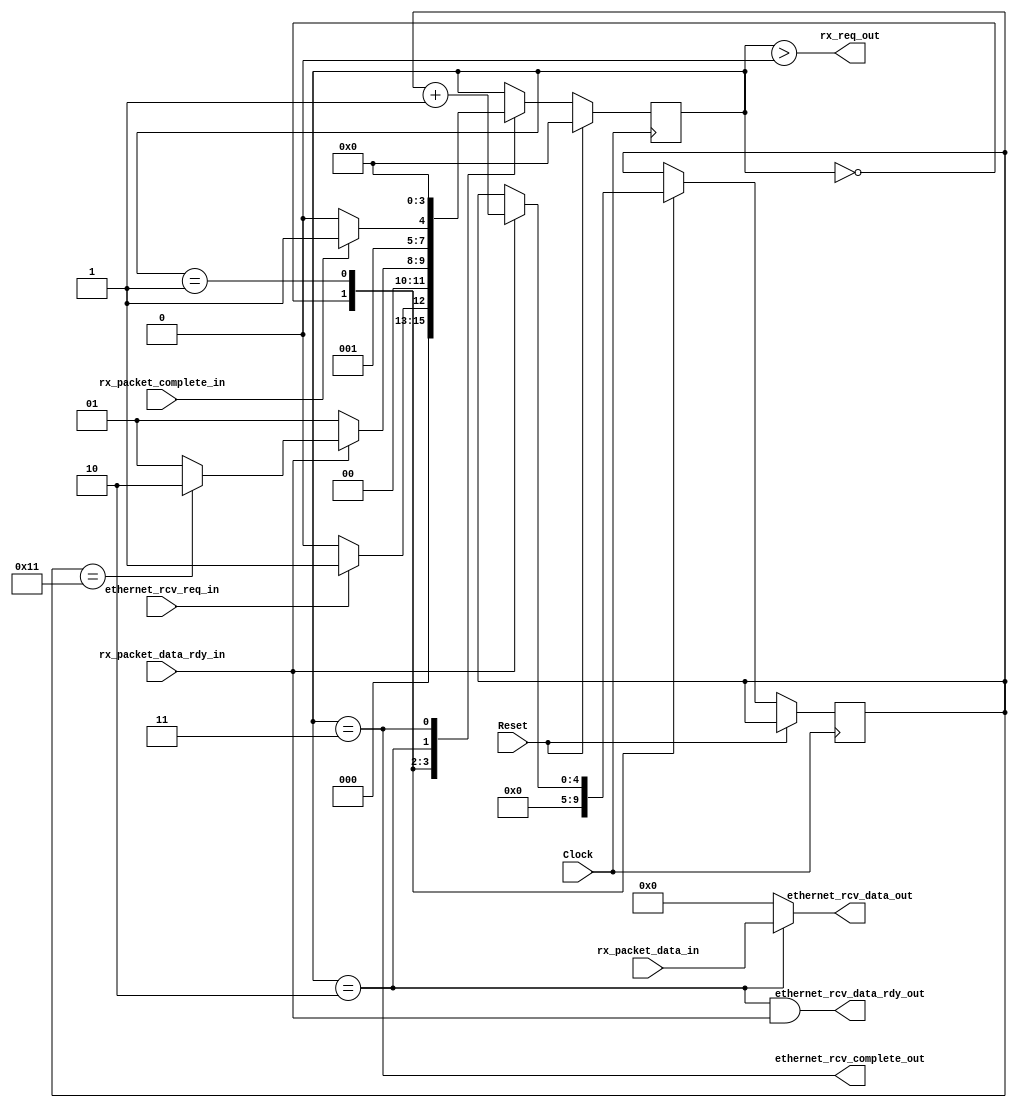
module ReceiveEthernetPacket(
	input Clock,
	input Reset,
	
	/* Interface ports for user */
	input 			ethernet_rcv_req_in,
	output [15:0]	ethernet_rcv_data_out,
	output			ethernet_rcv_data_rdy_out,
	output			ethernet_rcv_complete_out,
	
	/* Use RX interface to actually receive packets */
	output rx_req_out,
	input [15:0] rx_packet_data_in,
	input rx_packet_data_rdy_in,
	input rx_packet_complete_in
);

assign ethernet_rcv_data_out = (state == wait_for_data) ? rx_packet_data_in : 16'd0;
assign ethernet_rcv_data_rdy_out = (state == wait_for_data && rx_packet_data_rdy_in);
assign ethernet_rcv_complete_out = (state == rx_complete);

assign rx_req_out = (state > waiting);

parameter waiting=4'd0, wait_for_header_data=4'd1, wait_for_data=4'd2, rx_complete=4'd3;
parameter HEADER_BYTES_TO_DUMP = 5'd17;

reg [3:0] state;
reg [3:0] state_after_wait;
reg [4:0] header_counter;

always@(posedge Clock) begin
	if (Reset) begin
		state <= 4'd0;
	end
	else begin
		case (state)
		waiting: begin
			header_counter <= 5'd0;
			if (ethernet_rcv_req_in) begin
				state <= wait_for_header_data;
			end
			else begin
				state <= waiting;
			end
		end
		
		wait_for_header_data: begin
			if (rx_packet_data_rdy_in) begin
				header_counter <= header_counter + 4'd1;
				
				if (header_counter == HEADER_BYTES_TO_DUMP)
					state <= wait_for_data;
				else
					state <= wait_for_header_data;
			end
			else begin
				state <= wait_for_header_data;
			end
		end
		
		wait_for_data: begin
			if (rx_packet_complete_in)
				state <= rx_complete;
			else
				state <= wait_for_data;
		end
		
		rx_complete: begin
			state <= waiting;
		end
		endcase
	end
end

endmodule